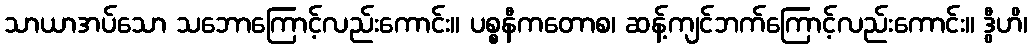
သာယာအပ်သော သဘောကြောင့်လည်းကောင်း။ ပစ္စနီကတောစ၊ ဆန့်ကျင်ဘက်ကြောင့်လည်းကောင်း။ ဒွီဟိ၊